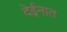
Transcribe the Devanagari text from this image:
देईनात